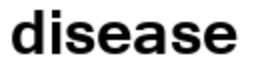
disease